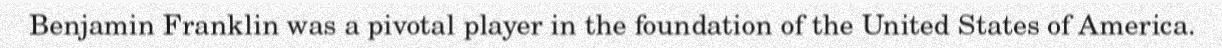
Benjamin Franklin was a pivotal player in the foundation of the United States of America.